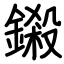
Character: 鎩